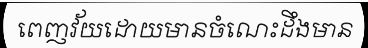
ពេញវ័យដោយមានចំណេះដឹងមាន